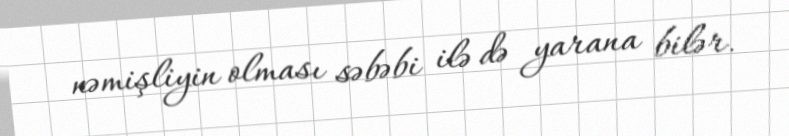
nəmişliyin olması səbəbi ilə də yarana bilər.